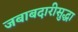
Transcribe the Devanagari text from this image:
जबाबदारीसुद्धा